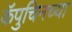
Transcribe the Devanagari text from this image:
कॅपुचिनच्या